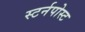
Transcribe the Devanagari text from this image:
स्टर्नपोस्ट